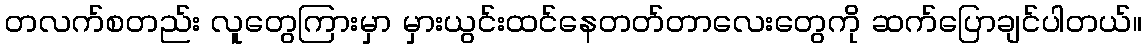
တလက်စတည်း လူတွေကြားမှာ မှားယွင်းထင်နေတတ်တာလေးတွေကို ဆက်ပြောချင်ပါတယ်။